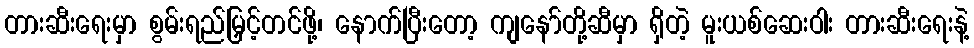
တားဆီးရေးမှာ စွမ်းရည်မြှင့်တင်ဖို့၊ နောက်ပြီးတော့ ကျနော်တို့ဆီမှာ ရှိတဲ့ မူးယစ်ဆေးဝါး တားဆီးရေးနဲ့